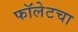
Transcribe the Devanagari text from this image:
फॉलेटचा